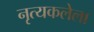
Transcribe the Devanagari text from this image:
नृत्यकलेला